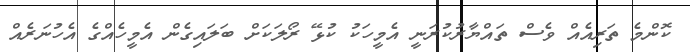
ކޮންމެ ތަރިއެއް ވެސް ތައްޔާރުކުރަނީ އެމީހަކު ކުޅޭ ރޯލަކަށް ބަލައިގެން އެމީހެއްގެ އެހުނަރެއް